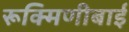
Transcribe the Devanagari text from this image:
रूक्मिणीबाई